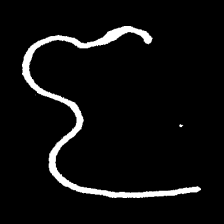
Pyu character \u2014 Myanmar letter: ဇ (romanized: ja)